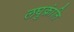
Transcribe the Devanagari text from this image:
लघुक्रांति